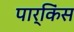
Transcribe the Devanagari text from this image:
पार्किंस